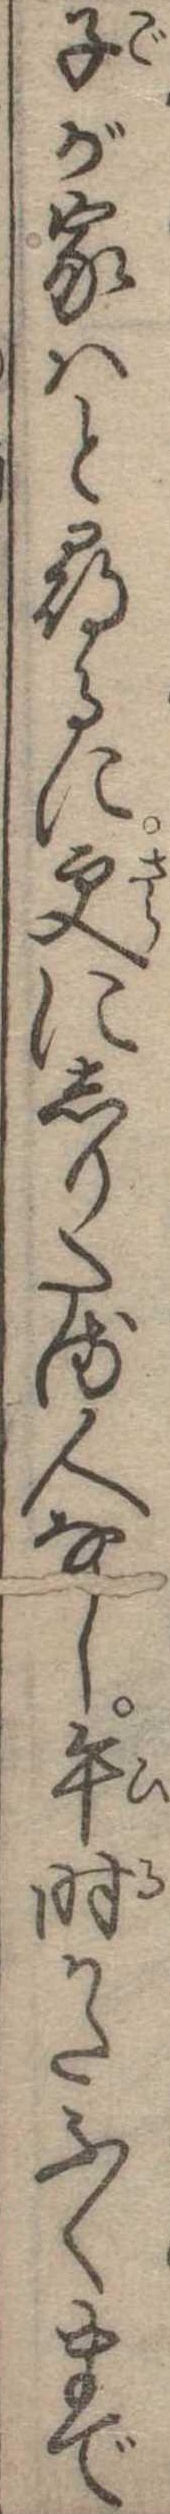
子が家はと尋るに更にしりたる人なし午時かたふくまで